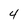
Character: 4